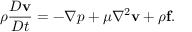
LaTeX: \rho { \frac { D \mathbf { v } } { D t } } = - \nabla p + \mu \nabla ^ { 2 } \mathbf { v } + \rho \mathbf { f } .